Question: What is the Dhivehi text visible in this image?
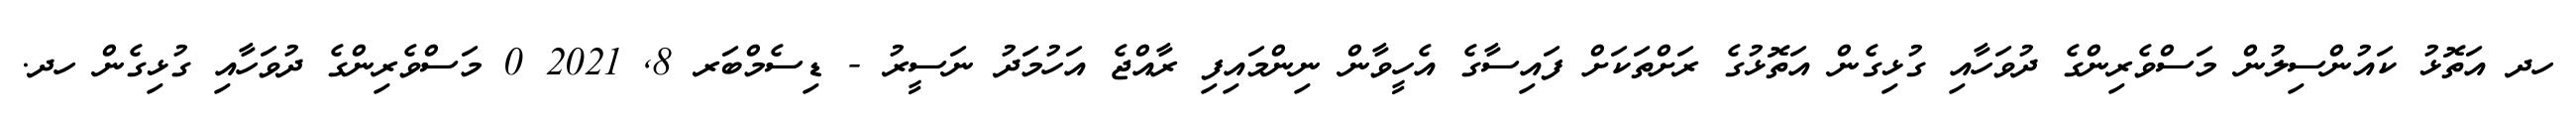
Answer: ހދ އަތޮޅު ކައުންސިލުން މަސްވެރިންގެ ދުވަހާއި ގުޅިގެން އަތޮޅުގެ ރަށްތަކަށް ފައިސާގެ އެހީވާން ނިންމައިފި ރާއްޖެ އަހުމަދު ނަސީރު - ޑިސެމްބަރ 8, 2021 0 މަސްވެރިންގެ ދުވަހާއި ގުޅިގެން ހދ.